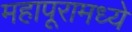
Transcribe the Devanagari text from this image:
महापूरामध्ये